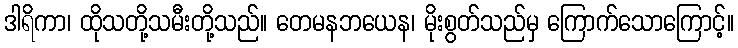
ဒါရိကာ၊ ထိုသတို့သမီးတို့သည်။ တေမနဘယေန၊ မိုးစွတ်သည်မှ ကြောက်သောကြောင့်။